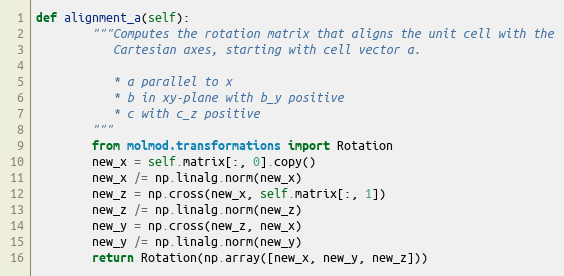
Language: Python
def alignment_a(self):
        """Computes the rotation matrix that aligns the unit cell with the
           Cartesian axes, starting with cell vector a.

           * a parallel to x
           * b in xy-plane with b_y positive
           * c with c_z positive
        """
        from molmod.transformations import Rotation
        new_x = self.matrix[:, 0].copy()
        new_x /= np.linalg.norm(new_x)
        new_z = np.cross(new_x, self.matrix[:, 1])
        new_z /= np.linalg.norm(new_z)
        new_y = np.cross(new_z, new_x)
        new_y /= np.linalg.norm(new_y)
        return Rotation(np.array([new_x, new_y, new_z]))